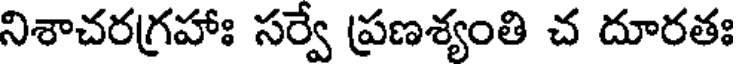
నిశాచరగ్రహాః సర్వే ప్రణశ్యంతి చ దూరతః